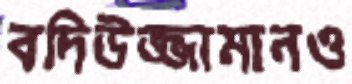
বদিউজ্জামানও